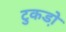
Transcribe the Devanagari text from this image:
टुकडो़